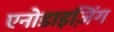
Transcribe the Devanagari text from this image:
एनोडाइज़िंग